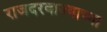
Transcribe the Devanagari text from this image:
राजदरवाज्याच्या